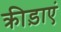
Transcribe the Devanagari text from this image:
क्रीड़ाएं